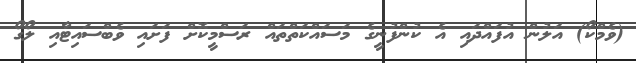
(ވެމްކޯ) އަލުން އުފައްދައި އެ ކުންފުނީގެ މަސައްކަތްތައް ރަސްމީކޮށް ފަށައި ވެބްސައިޓާއި ލޯގޯ